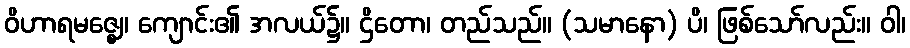
ဝိဟာရမဇ္ဈေ၊ ကျောင်း၏ အလယ်၌။ ဌိတော၊ တည်သည်။ (သမာနော) ပိ၊ ဖြစ်သော်လည်း။ ဝါ၊